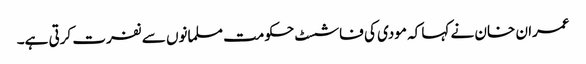
عمران خان نے کہا کہ مودی کی فاشسٹ حکومت مسلمانوں سے نفرت کرتی ہے۔